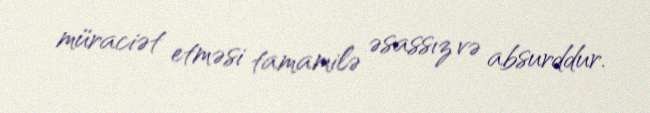
müraciət etməsi tamamilə əsassız və absurddur.